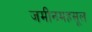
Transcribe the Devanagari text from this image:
जमीनमहसूल